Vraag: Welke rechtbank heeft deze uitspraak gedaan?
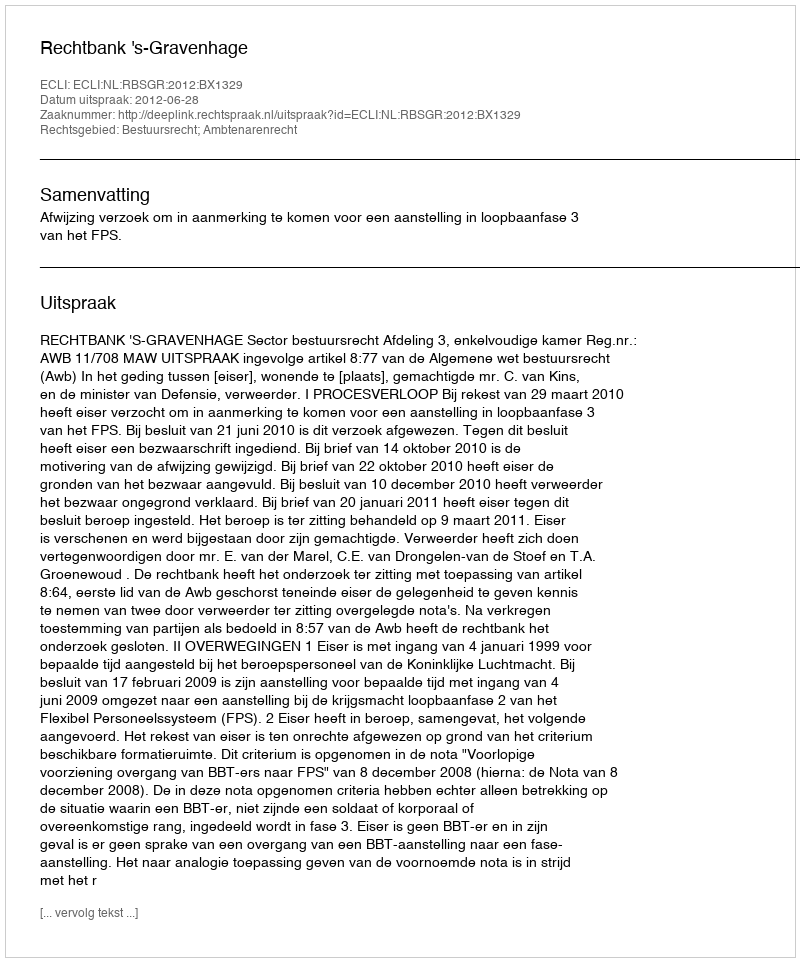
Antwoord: Rechtbank 's-Gravenhage